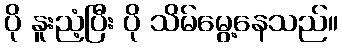
ပို နူးညံ့ပြီး ပို သိမ်မွေ့နေသည်။